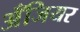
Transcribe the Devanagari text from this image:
अँजियर